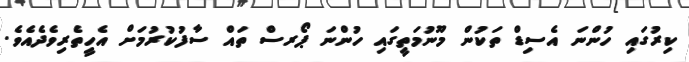
ކިރުގައި ހުންނަ އެސިޑް ތަކުން މޫނުމަތީގައި ހުންނަ ޕޯރސް ތައް ސާފުކުރުމަށް އެހީތެރިވެދެއެވެ.